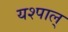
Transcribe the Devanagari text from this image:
यश्पाल्